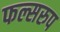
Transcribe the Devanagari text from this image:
फल्सरुप